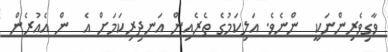
ވާގިވެރިންނަކީ  ންނެވެ. އަލިކަމުގެ ތެރެއިން އަނދިރިކަމަށް އެ  ން އެއުރެން